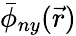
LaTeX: \bar{\phi}_{ny}(\vec{r})